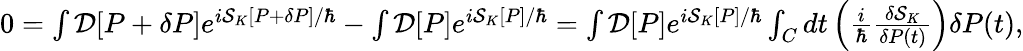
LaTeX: \begin{array}{r}{0=\int{\cal D}[P+\delta P]e^{i{\cal S}_{K}[P+\delta P]/\hbar}-\int{\cal D}[P]e^{i{\cal S}_{K}[P]/\hbar}=\int{\cal D}[P]e^{i{\cal S}_{K}[P]/\hbar}\int_{C}dt\left(\frac{i}{\hbar}\frac{\delta{\cal S}_{K}}{\delta P(t)}\right)\delta P(t),}\end{array}